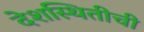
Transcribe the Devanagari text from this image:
देशस्थितीची